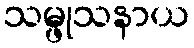
သမ္ဖုသနာယ